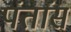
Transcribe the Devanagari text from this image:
पंतांस